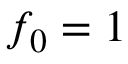
f _ { 0 } = 1